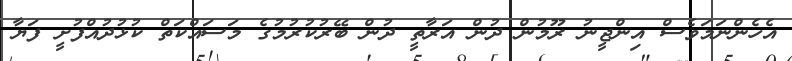
އެހެންނަމަވެސް އިންޖީނު ރޫމުން ދުން އަރާތީ ދުން ބޭރުކުރުމުގެ މަސައްކަތް ކުޅުދުއްފުށީ ފަޔާ